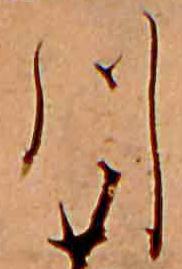
川